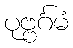
ပုဗ္ဗင်္ဂမံ